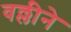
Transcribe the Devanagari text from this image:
वल्लीने